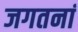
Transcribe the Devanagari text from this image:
जगतनां